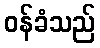
ဝန်ခံသည်